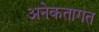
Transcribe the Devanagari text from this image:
अनेकतागत